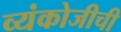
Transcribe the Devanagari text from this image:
व्यंकोजीची